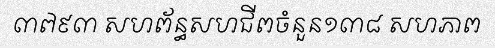
៣៧៩៣ សហព័ន្ធសហជីពចំនួន១៣៨ សហភាព